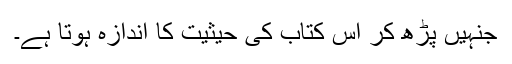
جنہیں پڑھ کر اس کتاب کی حیثیت کا اندازہ ہوتا ہے۔